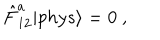
\displaystyle \hat { F } _ { 1 2 } ^ { a } | p h y s { \rangle } = 0 ~ ,